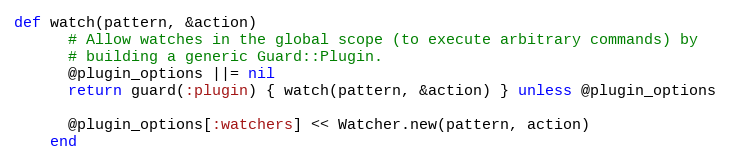
Language: Ruby
def watch(pattern, &action)
      # Allow watches in the global scope (to execute arbitrary commands) by
      # building a generic Guard::Plugin.
      @plugin_options ||= nil
      return guard(:plugin) { watch(pattern, &action) } unless @plugin_options

      @plugin_options[:watchers] << Watcher.new(pattern, action)
    end